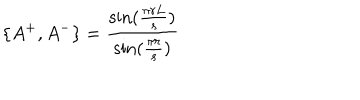
\{ A ^ { + } , A ^ { - } \} = \frac { \sin ( \frac { \pi r L } { s } ) } { \sin ( \frac { \pi r } { s } ) }